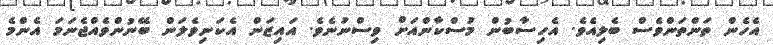
އެހެން ތަންތަންވެސް ބެލިއެވެ. އެހިސާބުން މުސްކާންއަށް ވިސްނުނެވެ. އައިޒަން އެކަނިވެލަން ބޭނުންވެއްޖެނަމަ އެންމެ